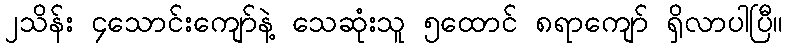
၂သိန်း ၄သောင်းကျော်နဲ့ သေဆုံးသူ ၅ထောင် ၈ရာကျော် ရှိလာပါပြီ။